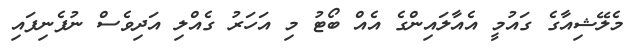
މެލޭޝިއާގެ ގައުމީ އެއާލައިންގެ އެއް ބޯޓު މި އަހަރު ގެއްލި އަދިވެސް ނުފެނިފައި